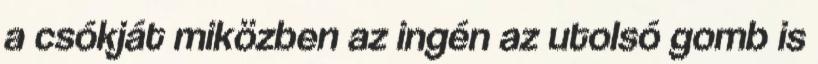
a csókját miközben az ingén az utolsó gomb is